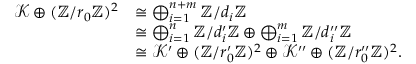
\begin{array} { r l } { \mathcal { K } \oplus ( \mathbb { Z } / r _ { 0 } \mathbb { Z } ) ^ { 2 } } & { \cong \bigoplus _ { i = 1 } ^ { n + m } \mathbb { Z } / d _ { i } \mathbb { Z } } \\ & { \cong \bigoplus _ { i = 1 } ^ { n } \mathbb { Z } / d _ { i } ^ { \prime } \mathbb { Z } \oplus \bigoplus _ { i = 1 } ^ { m } \mathbb { Z } / d _ { i } ^ { \prime \prime } \mathbb { Z } } \\ & { \cong \mathcal { K } ^ { \prime } \oplus ( \mathbb { Z } / r _ { 0 } ^ { \prime } \mathbb { Z } ) ^ { 2 } \oplus \mathcal { K } ^ { \prime \prime } \oplus ( \mathbb { Z } / r _ { 0 } ^ { \prime \prime } \mathbb { Z } ) ^ { 2 } . } \end{array}